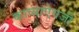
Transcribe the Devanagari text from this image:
काव्याऐवजी